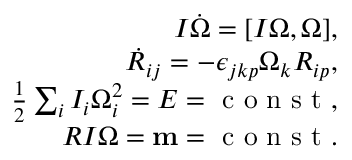
\begin{array} { r } { I \dot { \boldsymbol \Omega } = [ I { \boldsymbol \Omega } , { \boldsymbol \Omega } ] , } \\ { \dot { R } _ { i j } = - \epsilon _ { j k p } \Omega _ { k } R _ { i p } , } \\ { \frac 1 2 \sum _ { i } I _ { i } \Omega _ { i } ^ { 2 } = E = \mathrm { ~ c ~ o ~ n ~ s ~ t ~ } , } \\ { R I { \boldsymbol \Omega } = { \bf m } = \mathrm { ~ c ~ o ~ n ~ s ~ t ~ } . } \end{array}